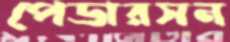
পেডারসন